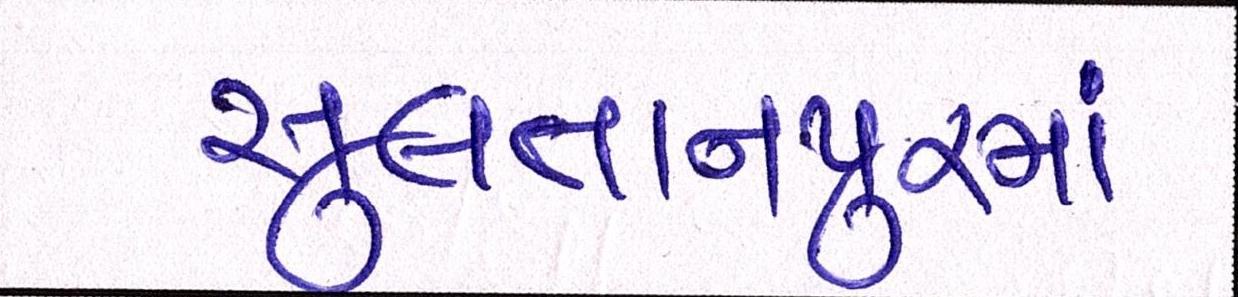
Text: સુલતાનપુરમાં